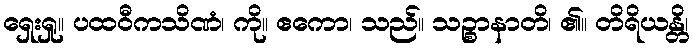
ရှေးရှု။ ပထဝီကသိဏံ၊ ကို။ ဧကော၊ သည်။ သဉ္စာနာတိ၊ ၏။ တိရိယန္တိ၊